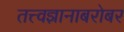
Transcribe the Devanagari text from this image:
तत्त्वज्ञानाबरोबर